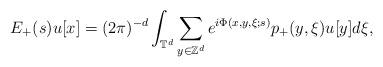
LaTeX: \begin{align*}E_+ (s)u[x]=(2\pi)^{-d} \int_{\mathbb{T}^d} \sum_{y\in\mathbb{Z}^d} e^{i\Phi(x,y,\xi;s)} p_+ (y,\xi) u[y] d\xi,\end{align*}